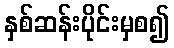
နှစ်ဆန်းပိုင်းမှစ၍